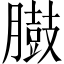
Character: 臌